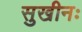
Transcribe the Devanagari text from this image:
सुखीनः